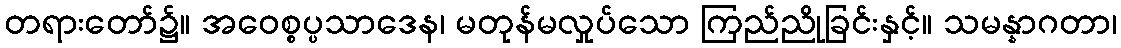
တရားတော်၌။ အဝေစ္စပ္ပသာဒေန၊ မတုန်မလှုပ်သော ကြည်ညိုခြင်းနှင့်။ သမန္နာဂတာ၊